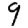
Digit: 9